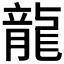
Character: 龍